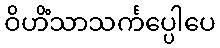
ဝိဟိံသာသင်္ကပ္ပေါပေ